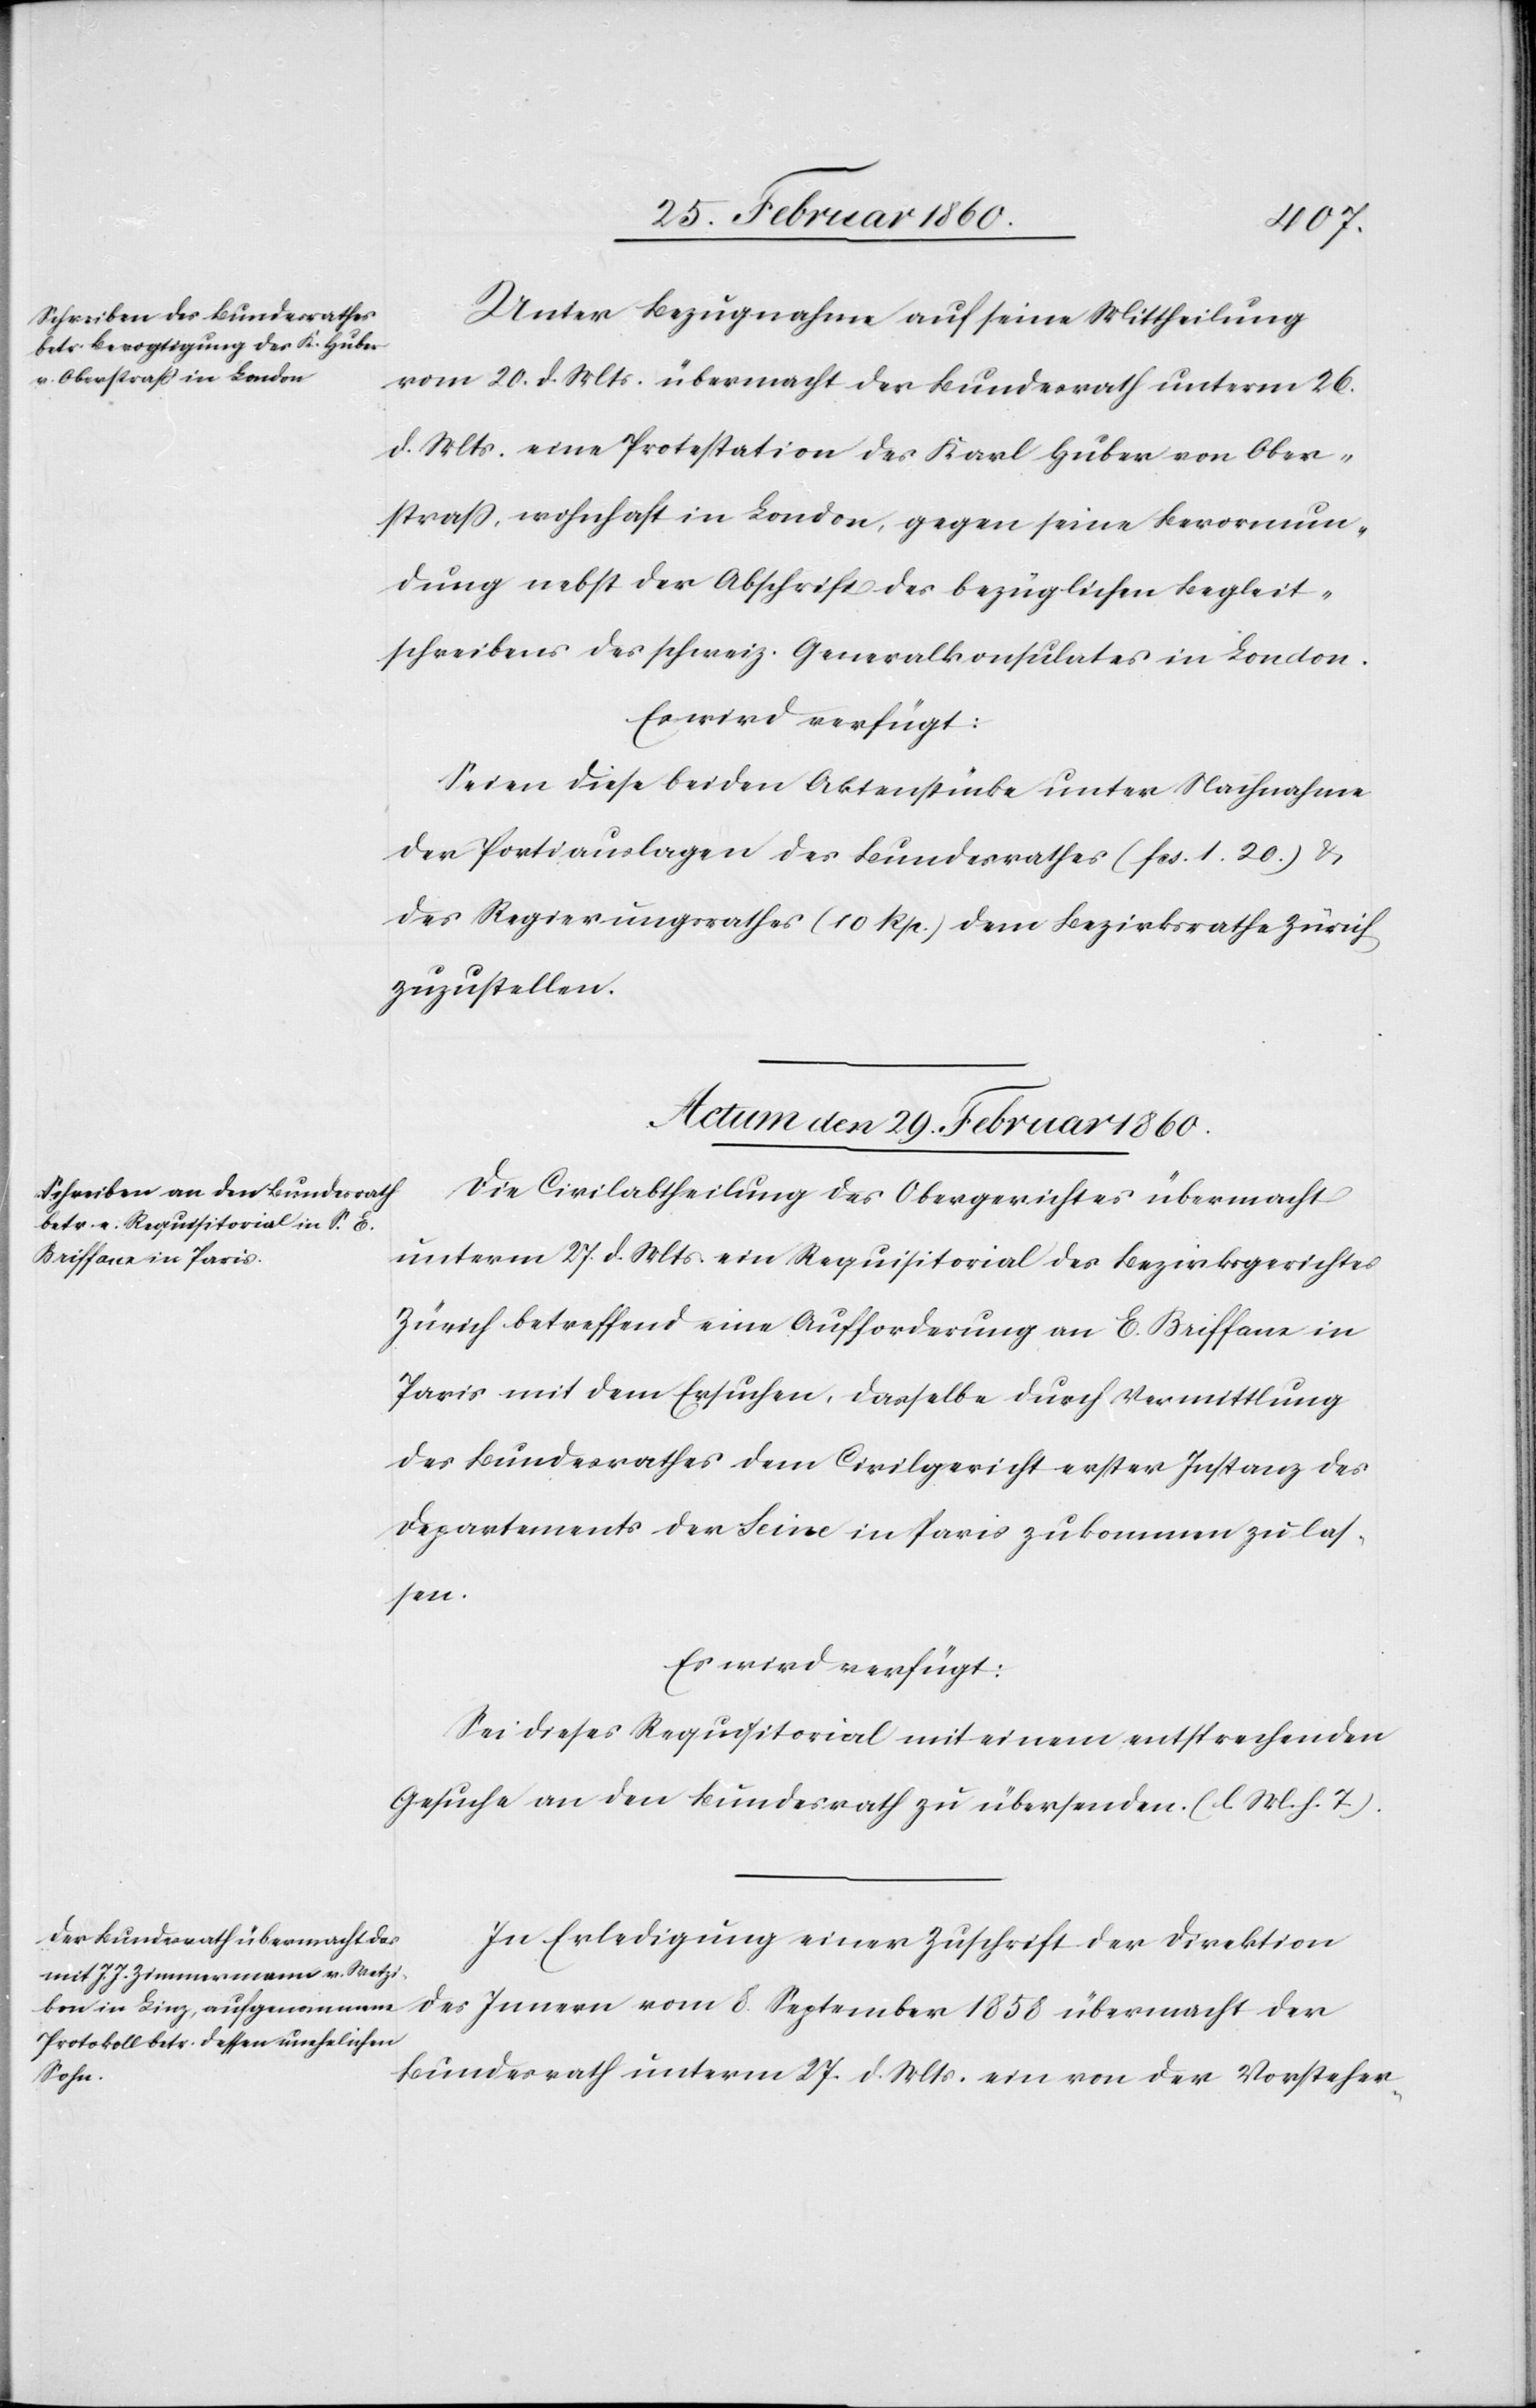
Unter Bezugnahme auf seine Mittheilung
vom 20. d. Mts. übermacht der Bundesrath unterm 26.
d. Mts. eine Protestation des Karl Huber von Ober¬
strass, wohnhaft in London, gegen seine Bevormun¬
dung nebst der Abschrift des bezüglichen Begleit¬
schreibens des schweiz. Generalkonsulates in London.
Es wird verfügt:
Seien diese beiden Aktenstücke unter Nachnahme
der Portiauslagen des Bundesrathes [fcs. 1. 20.] u.
des Regierungsrathes [10 Rp.] dem Bezirksrathe Zürich
zuzustellen.
Actum, den 29. Februar 1860.]
Die Civilabtheilung des Obergerichtes übermacht
unterm 27. d. Mts. ein Requisitorial des Bezirksgerichtes
Zürich betreffend eine Aufforderung an E. Briffam in
Paris mit dem Ersuchen, dasselbe durch Vermittlung
des Bundesrathes dem Civilgericht erster Instanz des
Departements der Seine in Paris zukommen zu las¬
sen.
Es wird verfügt:
Sei dieses Requisitorial mit einem entsprechenden
Gesuche an den Bundesrath zu übersenden. [l. M. v. h. T]
In Erledigung einer Zuschrift der Direktion
des Innern vom 8. September 1858 übermacht der
Bundesrath unterm 27. d. Mts. ein von der Vorsteher-